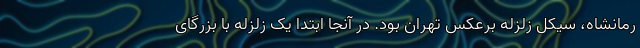
رمانشاه، سیکل زلزله برعکس تهران بود. در آنجا ابتدا یک زلزله با بزرگای